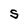
Character: S